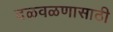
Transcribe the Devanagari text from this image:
दळवळणासाठी